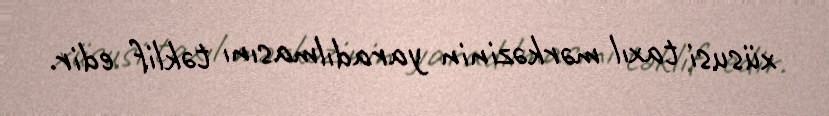
xüsusi taxıl mərkəzinin yaradılmasını təklif edir.